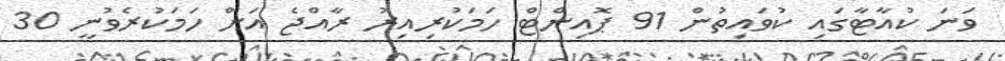
ވަނަ ކުއާޓާގައި ކުވައިތުން 91 ޕޮއިންޓް ހަމަކުރިއިރު ރާއްޖެ އަށް ހަމަކުރެވުނީ 30